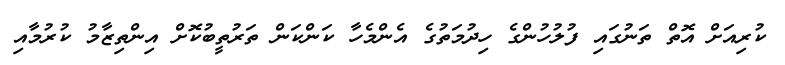
ކުރިއަށް އޮތް ތަނުގައި ފުލުހުންގެ ހިދުމަތުގެ އެންމެހާ ކަންކަން ތަރުތީބުކޮށް އިންތިޒާމު ކުރުމާއި